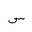
Letter: _sin